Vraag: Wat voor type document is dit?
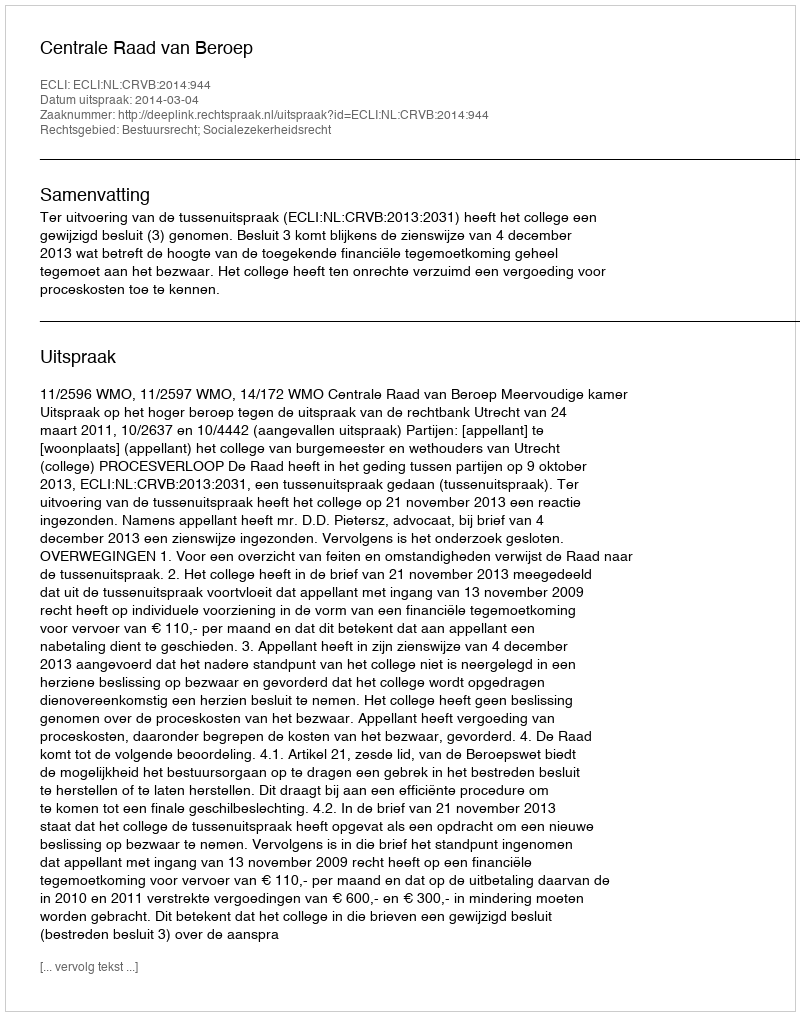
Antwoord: Uitspraak